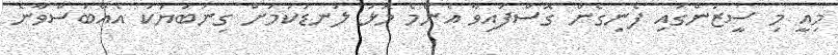
މިއީ މި ސީޒަންގައި ފެނިގެން ގޮސްފައިވާ އެންމެ މޮޅު ލަނޑުކަމަށް ގިނަބަޔަކު އެއްބަސްވާނެ